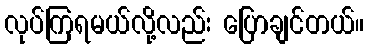
လုပ်ကြရမယ်လို့လည်း ပြောချင်တယ်။